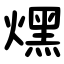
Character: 㷵